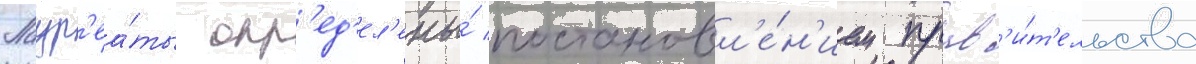
Лаур'еа́ты опр'ед'ел'ены́ постановл'е́н'ием прав'и́т'ельства